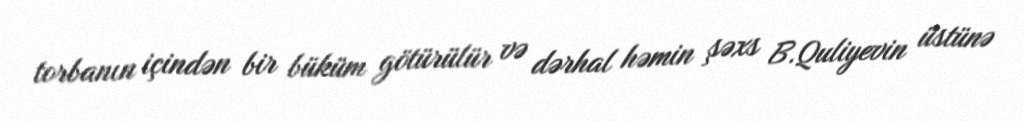
torbanın içindən bir büküm götürülür və dərhal həmin şəxs B.Quliyevin üstünə